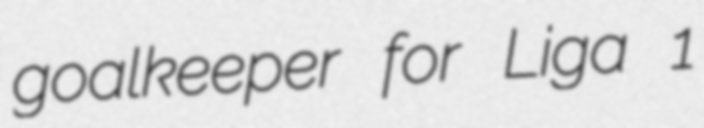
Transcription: goalkeeper for Liga 1